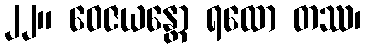
၂၂။ ဝေဇယန္တော ရထော တဿ၊